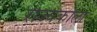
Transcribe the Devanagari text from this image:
राज्यकाला